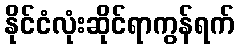
နိုင်ငံလုံးဆိုင်ရာကွန်ရက်